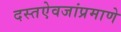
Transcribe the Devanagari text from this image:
दस्तऐवजांप्रमाणे